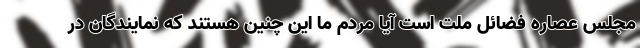
مجلس عصاره فضائل ملت است آیا مردم ما این چنین هستند که نمایندگان در